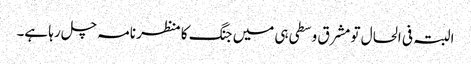
البتہ فی الحال تو مشرق وسطی ہی میں جنگ کا منظر نامہ چل رہا ہے۔